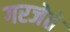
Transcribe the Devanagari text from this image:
गरजेते